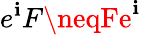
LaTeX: e^{\mathbf{i}}F\neqFe^{\mathbf{i}}